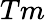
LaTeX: Tm